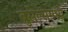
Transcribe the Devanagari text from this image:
ब्रुसेल्समध्ये